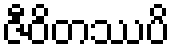
ဇီဝိတဿပိ